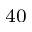
^ { 4 0 }